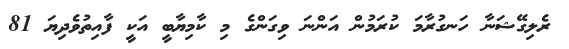
ރެލިގޭޝަނާ ހަނގުރާމަ ކުރަމުން އަންނަ ވިގަންގެ މި ކާމިޔާބީ އަކީ ފާއިތުވެދިޔަ 81